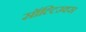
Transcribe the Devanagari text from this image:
सॉल्टिउक्स